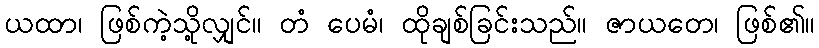
ယထာ၊ ဖြစ်ကဲ့သို့လျှင်။ တံ ပေမံ၊ ထိုချစ်ခြင်းသည်။ ဇာယတေ၊ ဖြစ်၏။